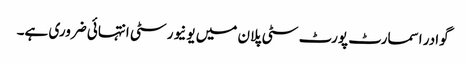
گوادر اسمارٹ پورٹ سٹی پلان میں یونیورسٹی انتہائی ضروری ہے۔